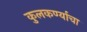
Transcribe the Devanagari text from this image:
कुलकर्ण्याचा